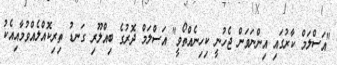
"އަސްލަމް ކާރުގައި އިންނަވަން ޖެހުނީ ކިހިނެއްތޯވީ" އަސްލަމް ދޮރުގެ ބިއްލޫރި ގަނޑު ތިރިކޮއްލެއްވުމާއިއެކު